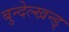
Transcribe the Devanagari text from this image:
बुन्देल्खन्ड्